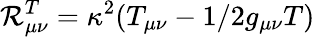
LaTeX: \mathcal{R}_{\mu\nu}^{T}=\kappa^{2}(T_{\mu\nu}-1/2g_{\mu\nu}T)